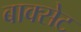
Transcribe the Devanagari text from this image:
बाक्सेट